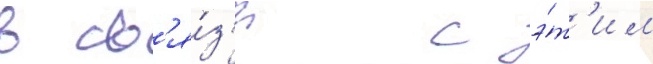
в св'я́з'и с э́т'им